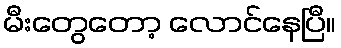
မီးတွေတော့ လောင်နေပြီ။